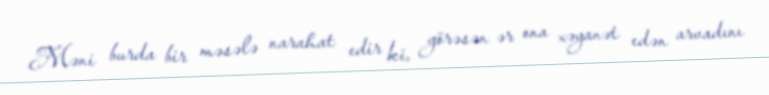
Məni burda bir məsələ narahat edir ki, görəsən ər ona xəyanət edən arvadını